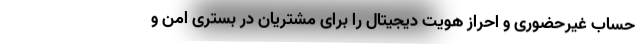
حساب غیرحضوری و احراز هویت دیجیتال را برای مشتریان در بستری امن و